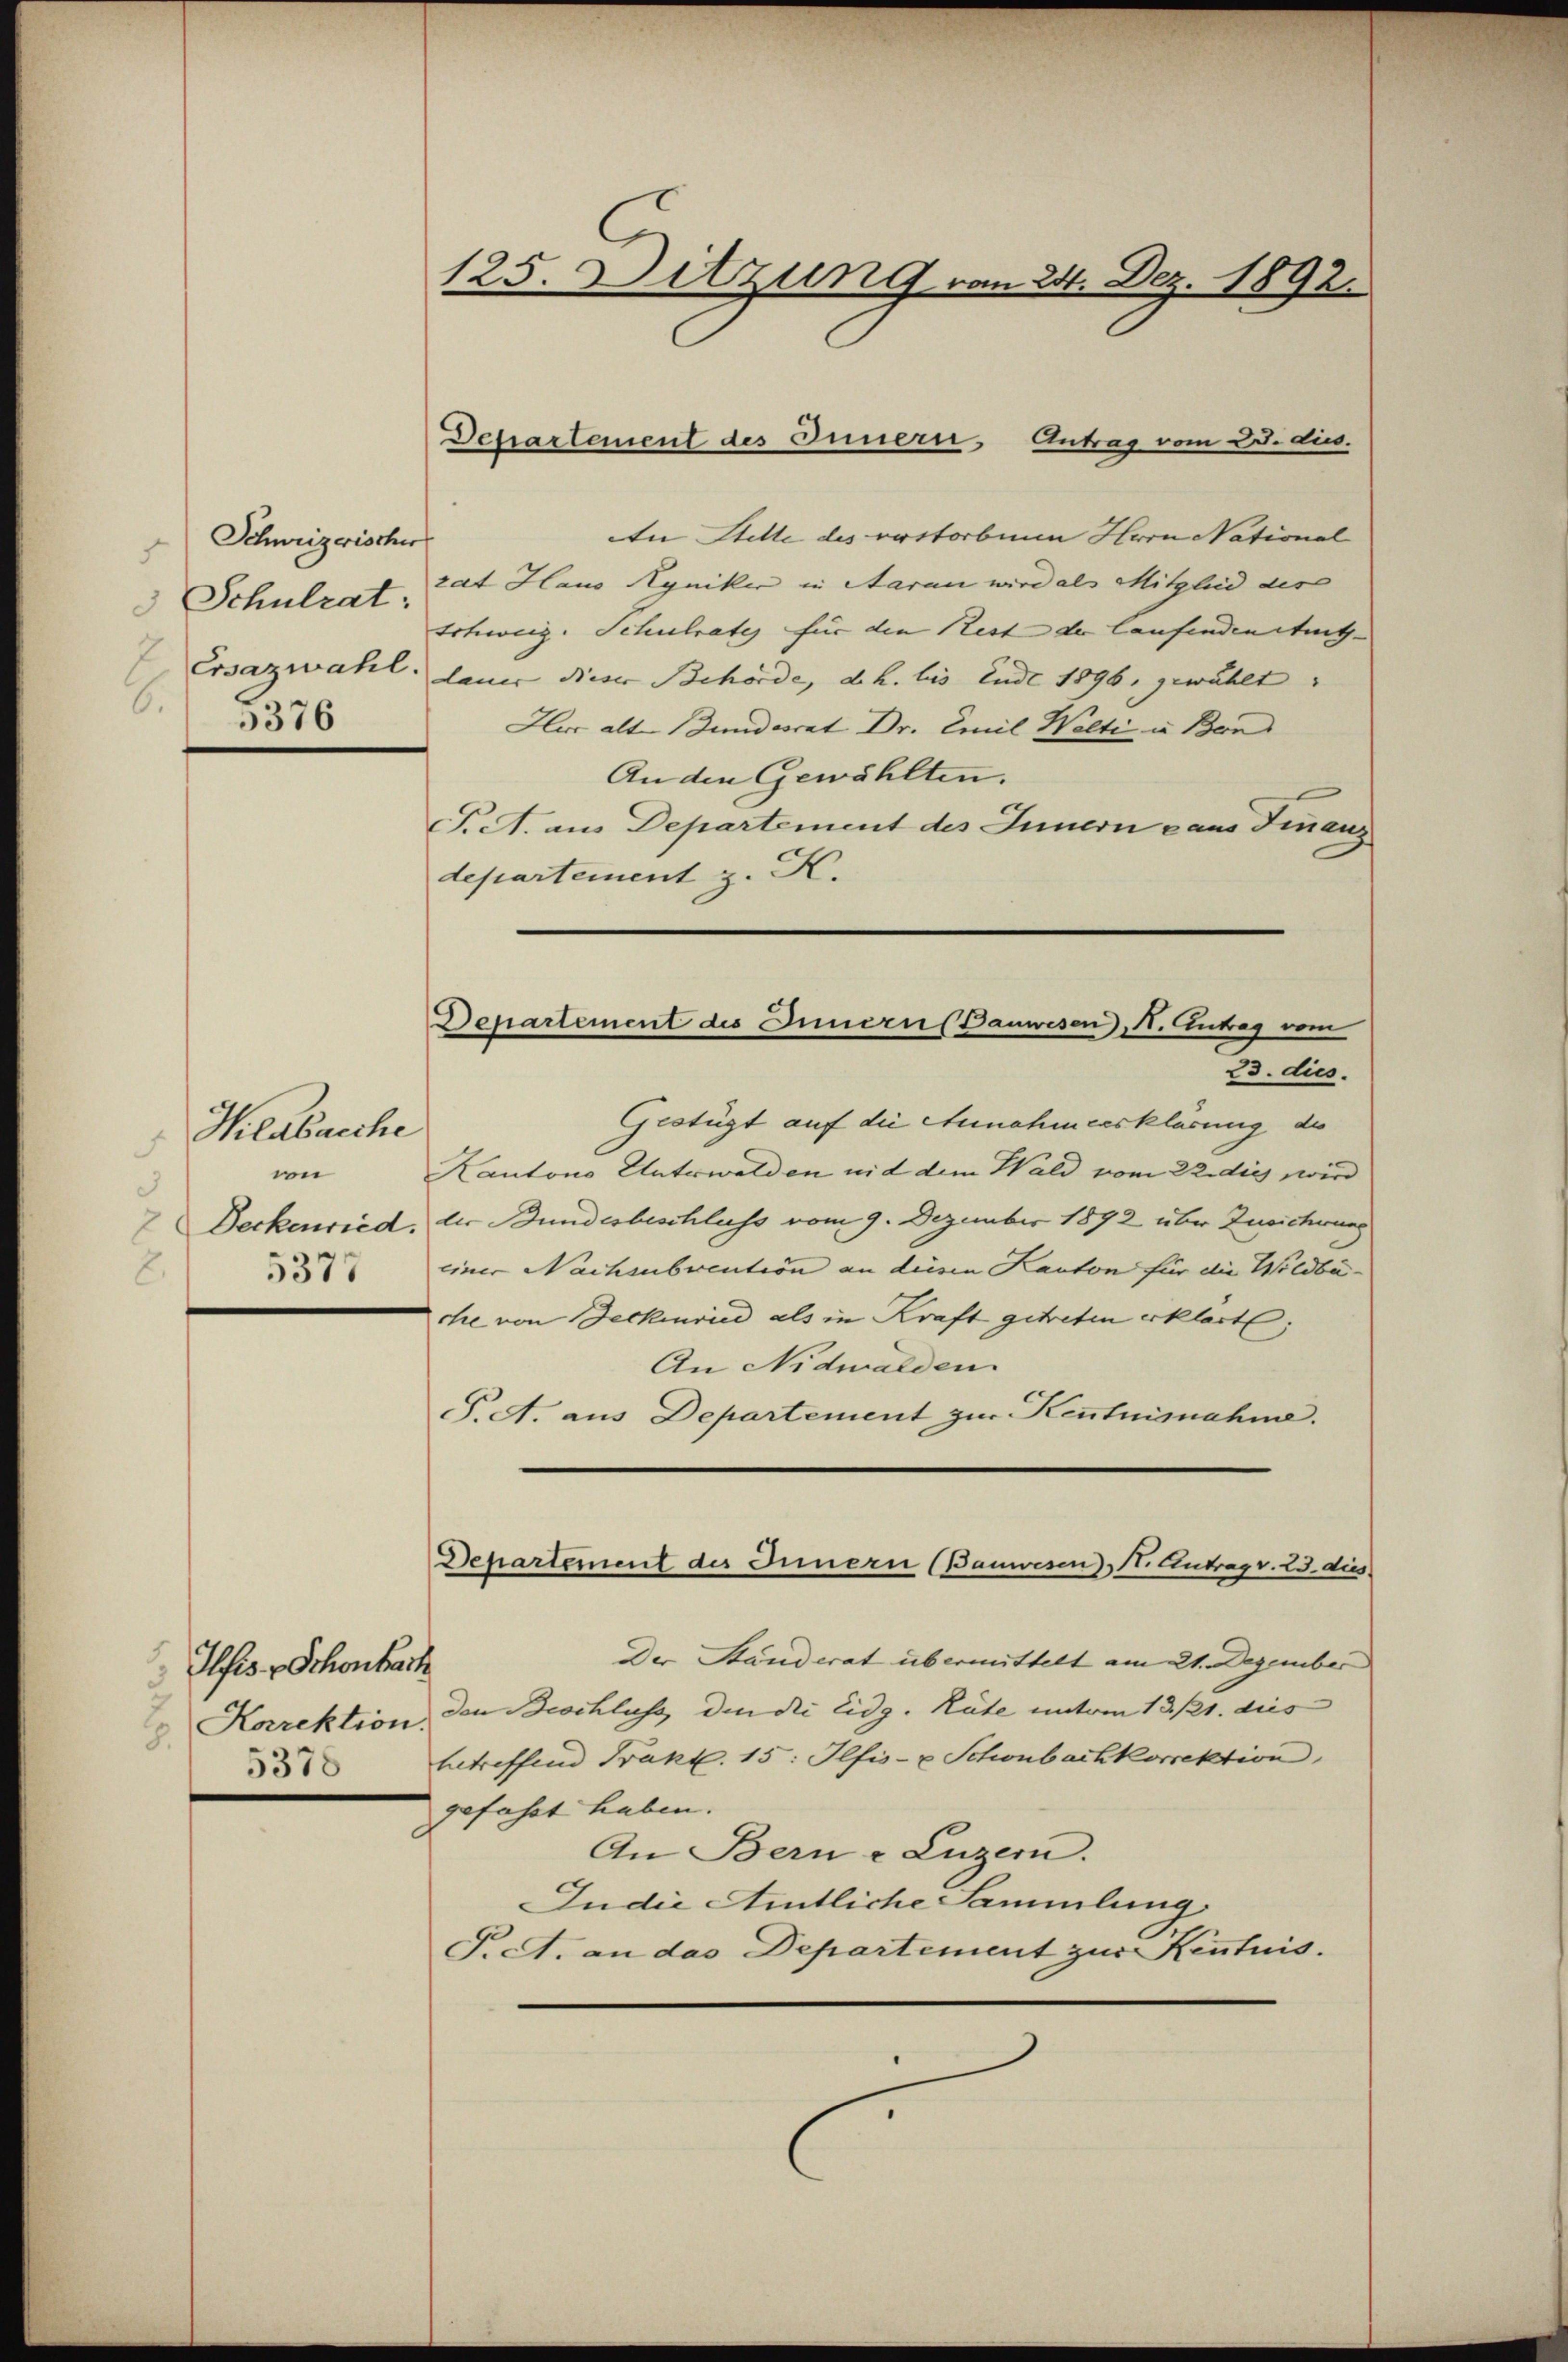
Schweizerischer
5
Schulrat:
6.
5376

Hildbacche
wi
3
5377
2.

Ilfes v. Schönbruck
.
5378

125. Ditzung vom 24. Dez. 1892.

Dchartement des Innern, Antrag vom 23. dus.

An Stelle des erstorben Hrrn National
rat Haus Ryniker in Aaran wird als Mitglied des
Schweiz. Schulrates für die Rest der laufenden tuth- |
Ersazwahl. lauer dieser Behörde, d. h. bis Ende 1896. gewählt.
Herr alte Bundesrat Dr. Emil Welti u. Bon
An den Gewählten.
F. A. aus Departement des Innern caus Finanz
departement z. K.

Departement des Innern Bauwesen, N. Antrag vom
23. dies

Geotügt auf die Annahmeerklärung des
Kantons Unterwalden nid dem Wald vom 22. die wird
Deckenried, die Bundesbeschluss vom 9. Dezember 1892 über Zusicherung
einer Nachsubvention an diesen Kanton für die Wildbache von Beckenried als in Kraft getreten erklärt;
An Nidwalden
S.t. aus Departement zur Kenntnisnahme.

Departement des Innern (Bauwesen), N. Antrag v. 23. dies

Der Ständerat übermittelt am 21. Dezember
Korrektion den Beschluss den die Eidg. Räte unterm 13./21. dies
betreffend Trakt. 15. Ilfis- u Schönbachkorrektion
gefahrt haben.
An Bern u Luzern.
Indie Amtliche Sammlung
P.A. an das Departement zur Kenntnis.